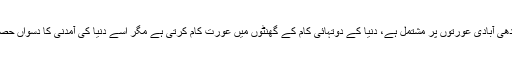
’’دنیا کی آدھی آبادی عورتوں پر مشتمل ہے، دنیا کے دوتہائی کام کے گھنٹوں میں عورت کام کرتی ہے مگر اسے دنیا کی آمدنی کا دسواں حصہ ملتا ہے۔